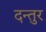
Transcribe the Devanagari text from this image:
दन्तुर